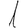
Digit: 1